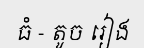
ធំ - តូច រៀង